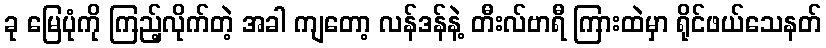
ခု မြေပုံကို ကြည့်လိုက်တဲ့ အခါ ကျတော့ လန်ဒန်နဲ့ တီးလ်ဗာရီ ကြားထဲမှာ ရိုင်ဖယ်သေနတ်